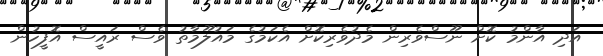
އަދި އާންމު ކޮށް ނޫސްވެރިން މެދުވެރިކޮށް އެކަމުގެ މައުލޫމާތު ވެސް ރައީސް އޮފީހުން